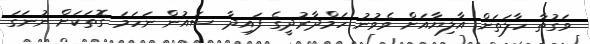
ވަގުތާ ހާލަތަށް އާލިޔާއަށް ވެވުނު ހަމްދާރުދީގެ ފައިދާ ސައުން ނަހަމަ ގޮތަކަށް ނުނަގަ